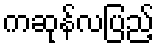
ကဆုန်လပြည့်